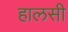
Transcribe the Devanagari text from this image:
हालसी